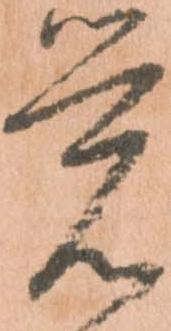
覚